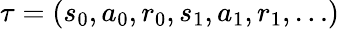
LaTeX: \tau=(s_{0},a_{0},r_{0},s_{1},a_{1},r_{1},\dots)